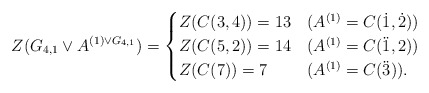
\begin{align*}Z(G_{4,1}\vee A^{(1)\vee G_{4,1}})=\begin{cases} Z(C(3,4))=13 &(A^{(1)}=C(\dot1,\dot2)) \\ Z(C(5,2))=14&(A^{(1)}=C(\ddot1,2)) \\ Z(C(7))=7&(A^{(1)}=C(\ddot3)). \end{cases}\end{align*}